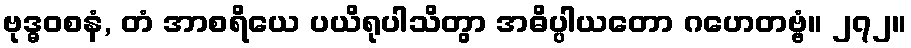
ဗုဒ္ဓဝစနံ, တံ အာစရိယေ ပယိရုပါသိတွာ အဓိပ္ပါယတော ဂဟေတဗ္ဗံ။ ၂၇၂။